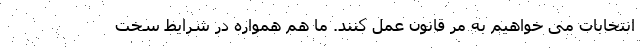
انتخابات می خواهیم به مُر قانون عمل کنند. ما هم همواره در شرایط سخت